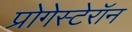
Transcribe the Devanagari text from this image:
प्रोगेस्टेरॉन